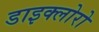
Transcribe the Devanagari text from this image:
डाइक्लोरो